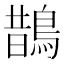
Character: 鵲